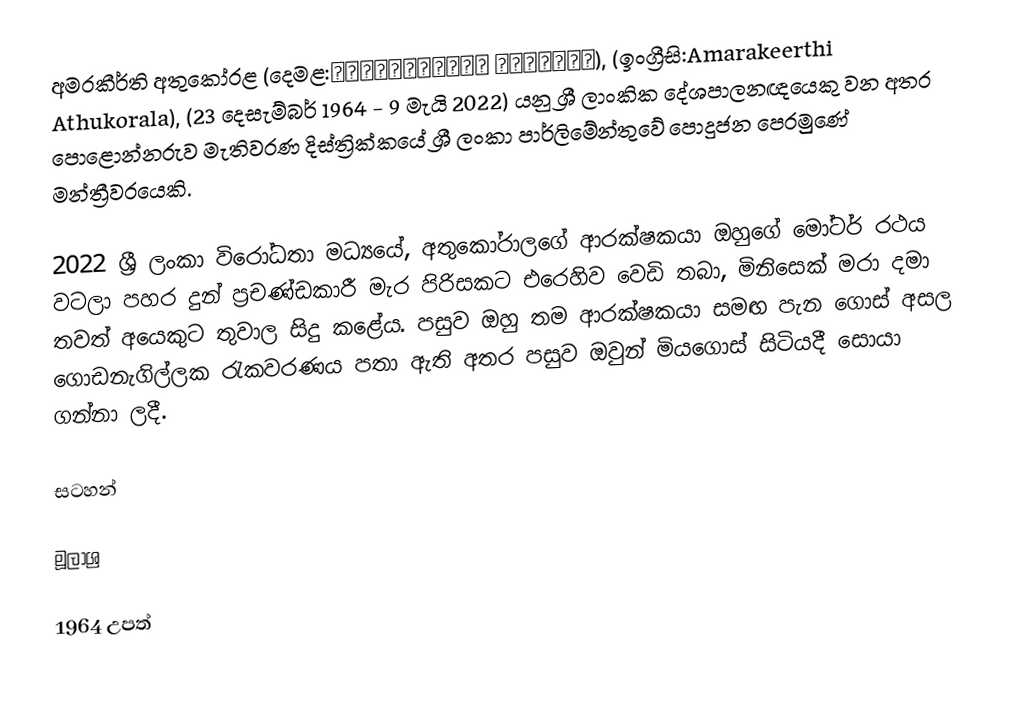
අමරකීර්ති අතුකෝරළ (දෙමළ:அமரகீர்த்தி அதுகோரள), (ඉංග්‍රීසි:Amarakeerthi Athukorala), (23 දෙසැම්බර් 1964 - 9 මැයි 2022) යනු ශ්‍රී ලාංකික දේශපාලනඥයෙකු වන අතර පොළොන්නරුව මැතිවරණ දිස්ත්‍රික්කයේ ශ්‍රී ලංකා පාර්ලිමේන්තුවේ පොදුජන පෙරමුණේ මන්ත්‍රීවරයෙකි.

2022 ශ්‍රී ලංකා විරෝධතා මධ්‍යයේ, අතුකෝරාලගේ ආරක්ෂකයා ඔහුගේ මෝටර් රථය වටලා පහර දුන් ප්‍රචණ්ඩකාරී මැර පිරිසකට එරෙහිව වෙඩි තබා, මිනිසෙක් මරා දමා තවත් අයෙකුට තුවාල සිදු කළේය. පසුව ඔහු තම ආරක්ෂකයා සමඟ පැන ගොස් අසල ගොඩනැගිල්ලක රැකවරණය පතා ඇති අතර පසුව ඔවුන් මියගොස් සිටියදී සොයා ගන්නා ලදී.

සටහන්

මූලාශ්‍ර

1964 උපත්